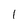
Character: l